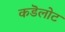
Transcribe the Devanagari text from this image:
कडॆलोट